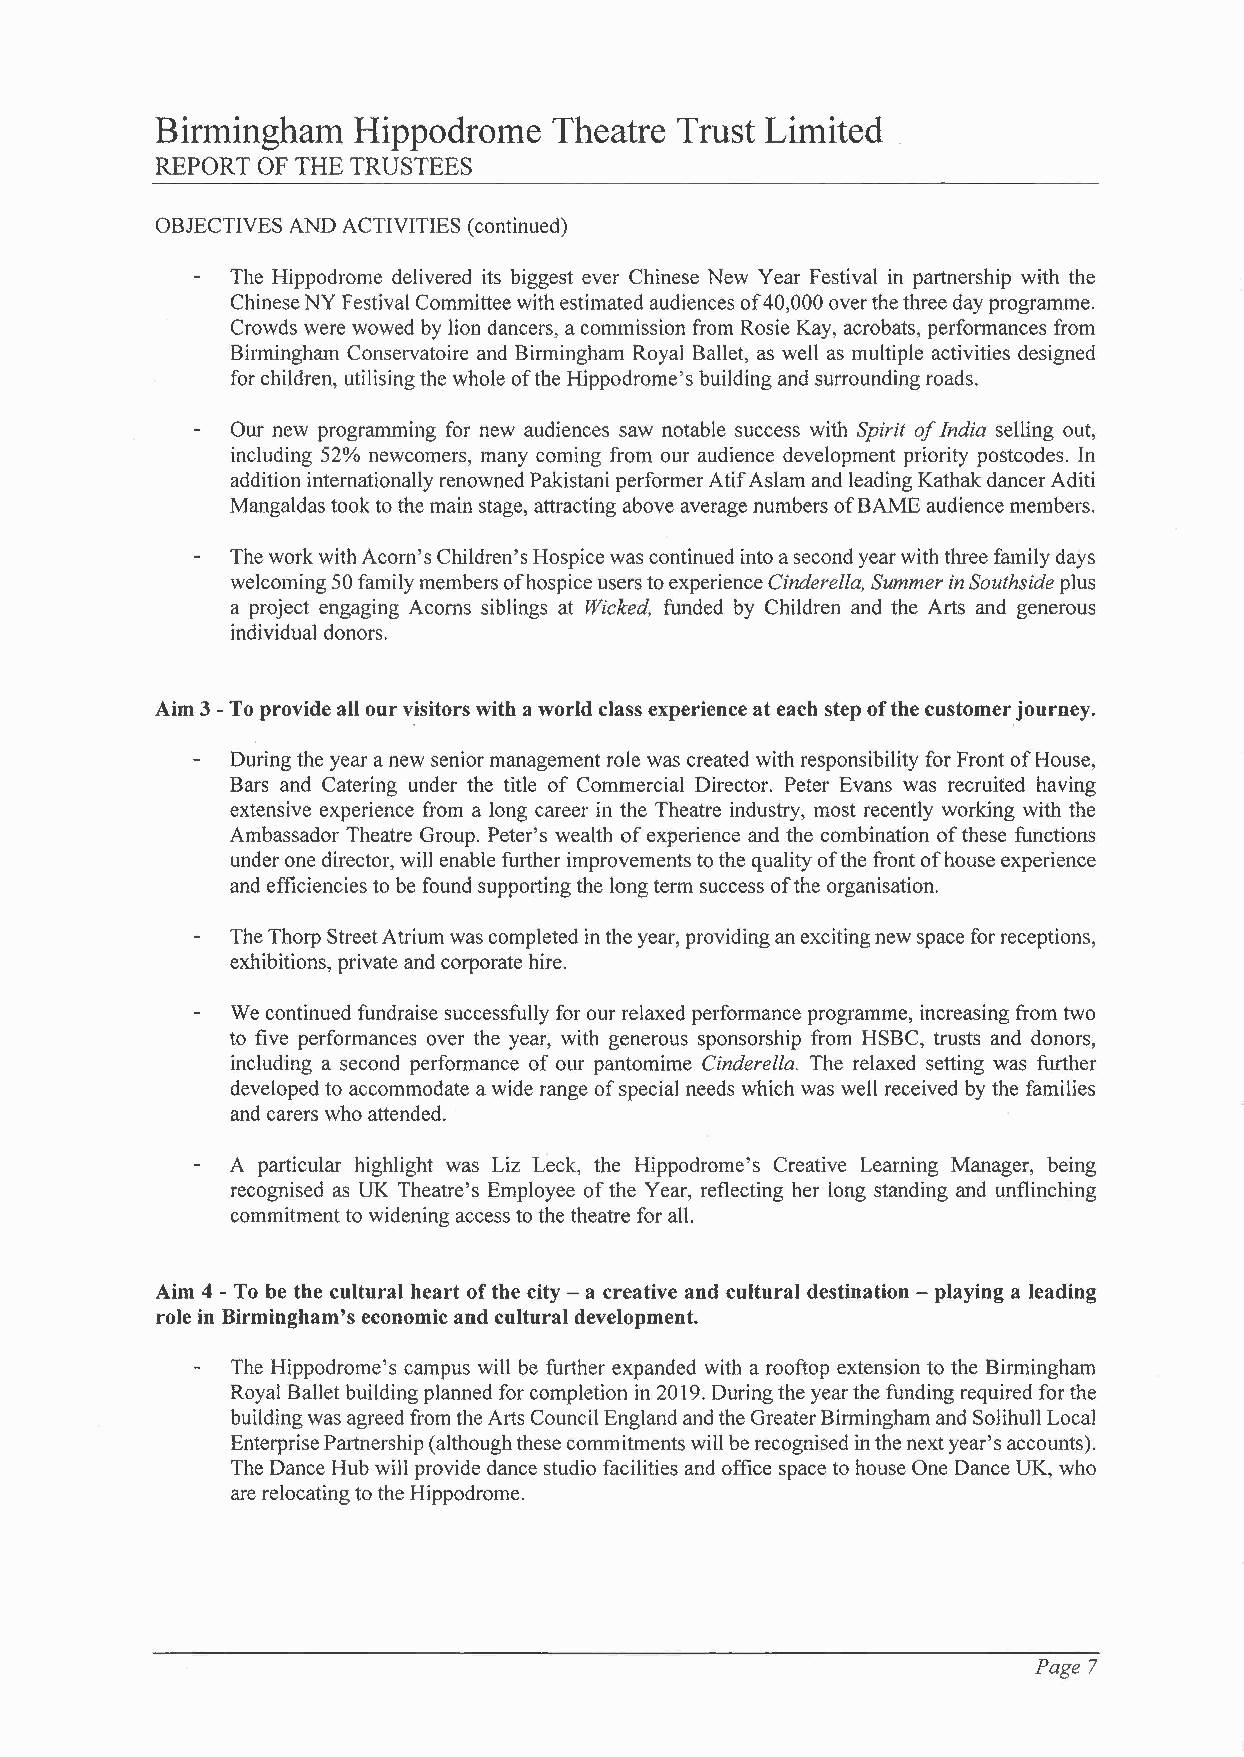
Birmingham   Hippodrome    Theatre Trust Limited
 REPORT OF THE TRUSTEES
 OBJECTIVES AND ACTIVITIES (continued)
 The Hippodrome delivered its biggest ever Chinese New Year Festival in partnership with the
 Chinese NY Festival Committee with estimated audiences of 40,000 over the three day programme.
 Crowds were wowed by lion dancers, a commission from Rosie Kay, acrobats, performances from
 Birmingham Conservatoire and Birmingham Royal Ballet, as well as multiple activities designed
 for children, utilising the whole of the Hippodrome's building and surrounding roads.
 Our new programming for new audiences saw notable success with Spirit of India selling out,
 including 52% newcomers, many coming from our audience development priority postcodes. In
 addition internationally renowned Pakistani performer Atif Aslam and leading Kathak dancer Aditi
 Mangaldas took to the main stage, attracting above average numbers ofßAME audience members.
 The work with Acorn's Children's Hospice was continued into a second year with three family days
 welcoming 50 family members of hospice users to experience Cinderella, Summer in Southside plus
 a project engaging Acorns siblings at Wicked, funded by Children and the Arts and generous
 individual donors.
 Aim 3 - To provide all our visitors with a world class experience at each step of the customer journey.
 During the year a new senior management role was created with responsibility for Front of House,
 Bars and Catering under the title of Commercial Director. Peter Evans was recruited having
 extensive experience from a long career in the Theatre industry, most recently working with the
 Ambassador Theatre Group. Peter's wealth of experience and the combination of these functions
 under one director, will enable further improvements to the quality of the front of house experience
 and efficiencies to be found supporting the long term success of the organisation.
 The Thorp Street Atrium was completed in the year, providing an exciting new space for receptions,
 exhibitions, private and corporate hire.
 We continued fundraise successfully for our relaxed performance programme, increasing from two
 to five performances over the year, with generous sponsorship from HSBC, trusts and donors,
 including a second performance of our pantomime Cinderella. The relaxed setting was further
 developed to accommodate a wide range of special needs which was well received by the families
 and carers who attended.
 A particular highlight was Liz Leck, the Hippodrome's Creative Learning Manager, being
 recognised as UK Theatre's Employee of the Year, reflecting her long standing and unflinching
 commitment to widening access to the theatre for all.
 Aim 4 - To be the cultural heart of the city - a creative and cultural destination - playing a leading
 role in Birmingham's economic and cultural development.
 The Hippodrome's campus will be further expanded with a rooftop extension to the Birmingham
 Royal Ballet building planned for completion in 2019. During the year the funding required for the
 building was agreed from the Arts Council England and the Greater Birmingham and Solihull Local
 Enterprise Partnership (although these commitments will be recognised in the next year's accounts).
 The Dance Hub will provide dance studio facilities and office space to house One Dance UK, who
 are relocating to the Hippodrome.
 Page 7